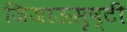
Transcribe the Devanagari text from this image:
जिजाऊसृष्टी